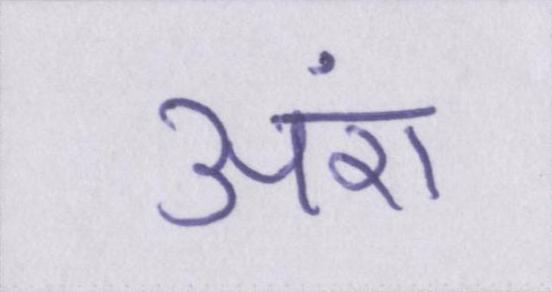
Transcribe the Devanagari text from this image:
अंश